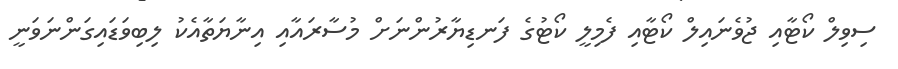
ސިވިލް ކޯޓާއި ޖުވެނައިލް ކޯޓާއި ފެމިލީ ކޯޓުގެ ފަނޑިޔާރުންނަށް މުސާރައާއި އިނާޔަތާއެކު ލިބިވަޑައިގަންނަވަނީ